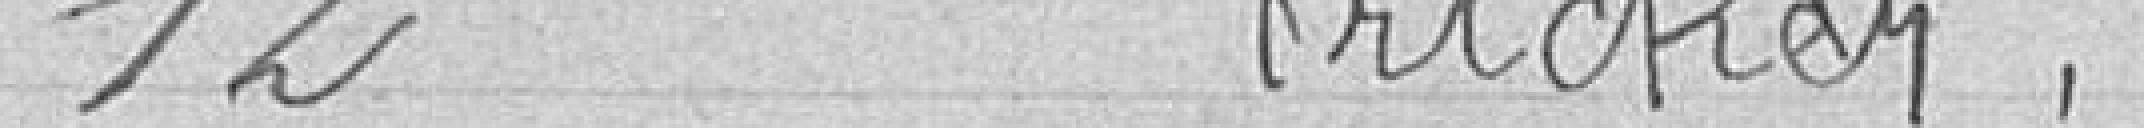
12. FRICHTER